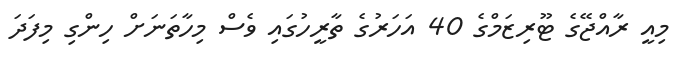
މިއީ ރާއްޖޭގެ ޓޫރިޒަމްގެ 40 އަހަރުގެ ތާރީހުގައި ވެސް މިހާތަނަށް ހިންގި މިފަދަ